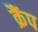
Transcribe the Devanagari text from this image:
क्रैंप